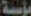
مؤسسة